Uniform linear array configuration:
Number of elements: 12
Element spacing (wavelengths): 0.25
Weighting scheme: hamming
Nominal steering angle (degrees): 0
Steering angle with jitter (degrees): -0.8168
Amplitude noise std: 0.05
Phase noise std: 0.05

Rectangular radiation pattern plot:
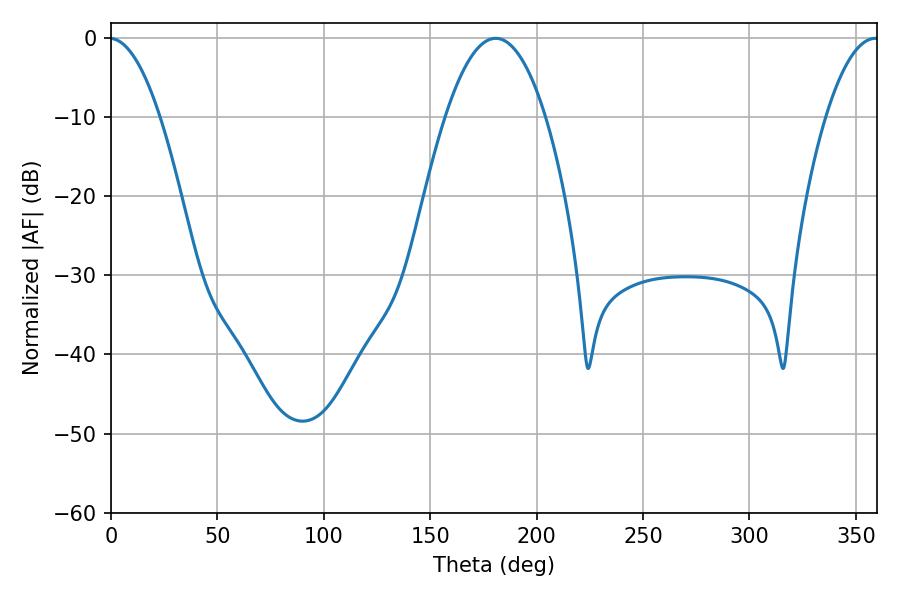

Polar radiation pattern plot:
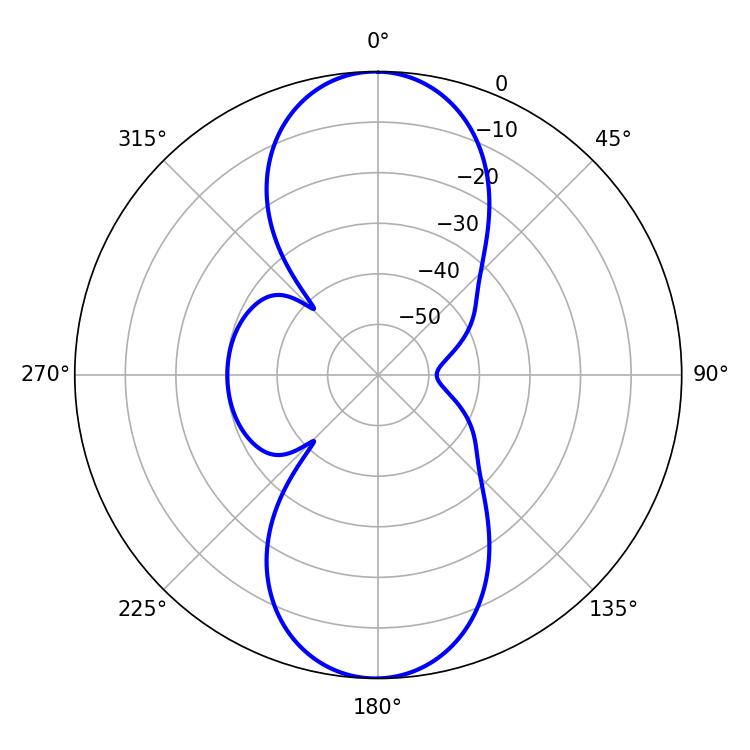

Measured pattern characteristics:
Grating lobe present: FALSE
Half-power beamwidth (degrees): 25.92
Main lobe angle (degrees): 180.72